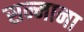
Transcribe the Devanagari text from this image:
सन्माना